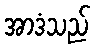
အာဒံသည်